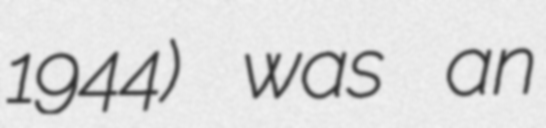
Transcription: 1944) was an